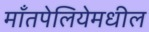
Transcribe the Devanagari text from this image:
माँतपेलियेमधील